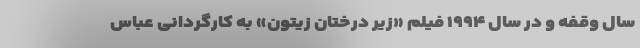
سال وقفه و در سال ۱۹۹۴ فیلم «زیر درختان زیتون» به کارگردانی عباس